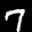
Label: 7